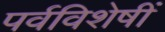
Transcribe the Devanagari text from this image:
पर्वविशेषीं